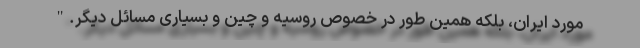
مورد ایران، بلکه همین طور در خصوص روسیه و چین و بسیاری مسائل دیگر."